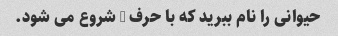
حیوانی را نام ببرید که با حرف G شروع می شود.